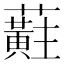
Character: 蘣